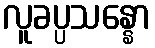
လူခပ္ပသန္နော